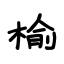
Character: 榆